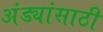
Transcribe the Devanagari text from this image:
अंड्यांसाठी